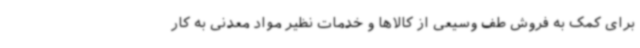
برای کمک به فروش طف وسیعی از کالاها و خدمات نظیر مواد معدنی به کار